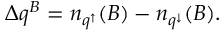
\Delta q ^ { B } = n _ { q ^ { \uparrow } } ( B ) - n _ { q ^ { \downarrow } } ( B ) .